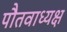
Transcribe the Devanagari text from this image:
पौतवाध्यक्ष